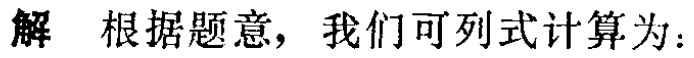
解 根据题意，我们可列式计算为：